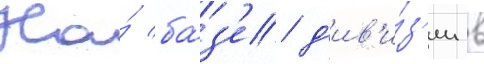
На́ ба́з'е д'ив'и́з'ии в